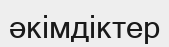
әкімдіктер